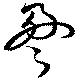
盈